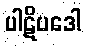
ပါဋိပဒေါ